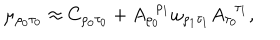
LaTeX: \mu _ { \rho _ { 0 } \tau _ { 0 } } \approx C _ { \rho _ { 0 } \tau _ { 0 } } + A _ { \rho _ { 0 } } ^ { \; \; \rho _ { 1 } } \omega _ { \rho _ { 1 } \tau _ { 1 } } A _ { \tau _ { 0 } } ^ { \; \; \tau _ { 1 } } ,